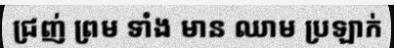
ជ្រញ់ ព្រម ទាំង មាន ឈាម ប្រឡាក់